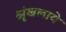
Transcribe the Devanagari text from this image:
श्रृंखलाये